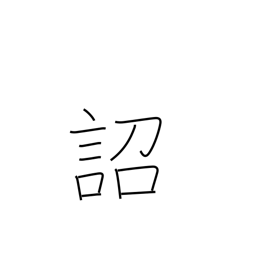
Meaning: imperial edict